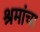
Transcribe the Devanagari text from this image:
श्रमांचा